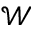
\mathcal { W }